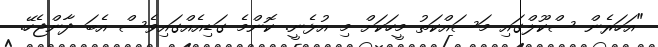
"އަހަރެން ސްކޫލްގައި މަސައްްކަތު މީހަކަށް މި އުޅެނީ. ކޮންމެ ގަޑިއެއްގައިވެސް އެބަ ދާންޖެހޭ.